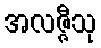
အလဇ္ဇီသု